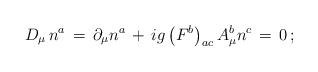
LaTeX: \begin{align*}D_\mu \, n ^a \, = \, \partial_\mu n^a \, + \, i g \left( F^b \right)_{ac} A^b_\mu n^c \, = \, 0 \, ; \end{align*}